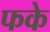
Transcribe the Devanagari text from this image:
फके